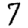
Digit: 7